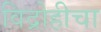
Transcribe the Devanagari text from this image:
विद्रोहीचा